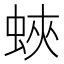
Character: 蛺